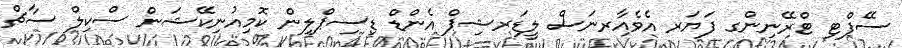
ސޭފްޓި ޓްރޭނިންގ ފަޔަރ އެވެއާރނަސް ލީޑަރޝިޕް އެންޑް ޑިސިޕްލިން ކޮމިއުނިކޭޝަން ސްކިލް ސާޗް